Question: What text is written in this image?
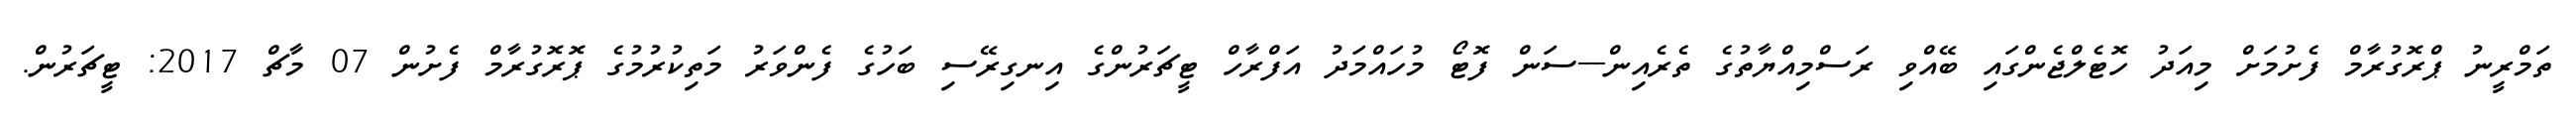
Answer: ތަމްރީނު ޕްރޮގުރާމް ފެށުމަށް މިއަދު ހޮޓެލްޖެންގައި ބޭއްވި ރަސްމިއްޔާތުގެ ތެރެއިން---ސަން ފޮޓޯ މުހައްމަދު އަފްރާހް ޓީޗަރުންގެ އިނގިރޭސި ބަހުގެ ފެންވަރު މަތިކުރުމުގެ ޕޮރޮގުރާމް ފެށުން 07 މާޗް 2017: ޓީޗަރުން.